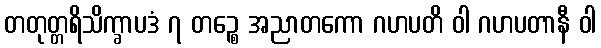
တတုတ္တရိသိက္ခာပဒံ ၇ တဉ္စေ အညာတကော ဂဟပတိ ဝါ ဂဟပတာနီ ဝါ